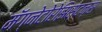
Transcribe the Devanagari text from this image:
मॅग्नेटोरेझिस्टन्स